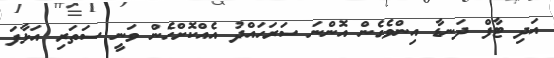
އަދި ޓާފް ދަނޑާ އިންވެގެން އޮންނަ ސަރަހައްދު އެއްކޮށްހެން ވަނީ ސަތަރި އަޅާފަ